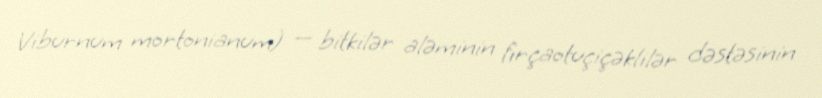
Viburnum mortonianum) — bitkilər aləminin fırçaotuçiçəklilər dəstəsinin